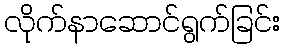
လိုက်နာဆောင်ရွက်ခြင်း